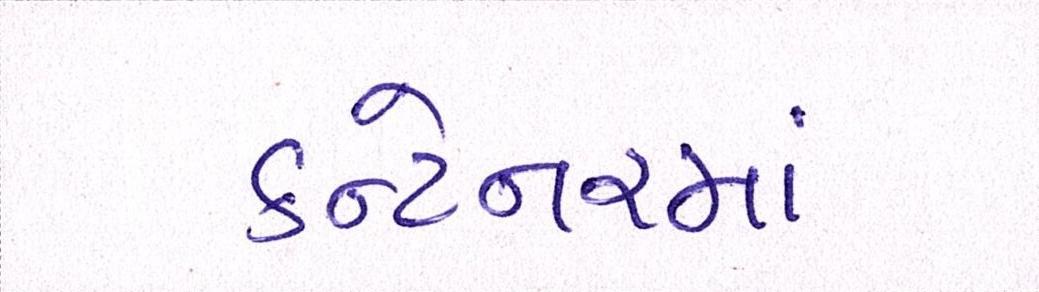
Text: કન્ટેનરમાં